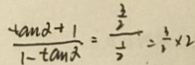
\frac { \tan \alpha + 1 } { 1 - \tan \alpha } = \frac { \frac { 3 } { 2 } } { \frac { 1 } { 2 } } = \frac { 3 } { 2 } \times 2